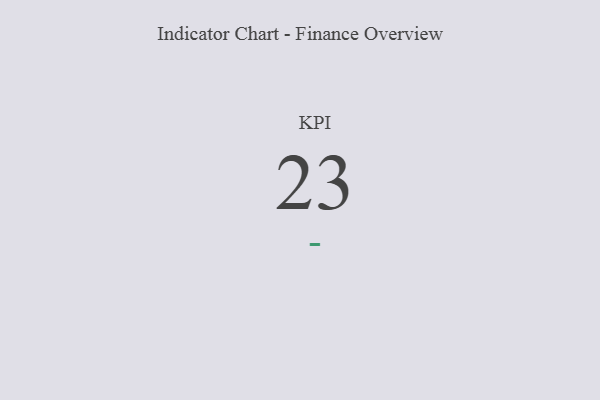
{"axis": {"x": "KPI", "y": "Value"}, "legend": [""], "data": [{"x": "KPI", "y": 23, "type": ""}]}